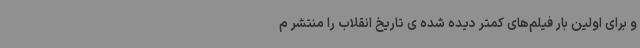
و برای اولین بار فیلم‌های کمتر دیده شده ی تاریخ انقلاب را منتشر م